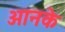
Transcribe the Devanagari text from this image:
आनके